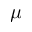
\mu